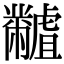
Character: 𪓐